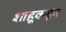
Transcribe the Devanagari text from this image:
शाहूकडून